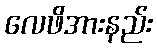
လေဖိအားနည်း